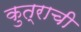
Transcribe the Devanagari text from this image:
कुत्राची